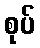
စုပ်